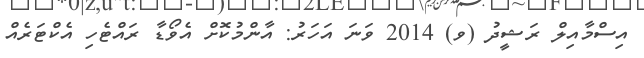
އިސްމާއިލް ރަޝީދު (ވ) 2014 ވަނަ އަހަރު: އާންމުކޮށް އެވޯޑާ ރައްޓެހި އެކްޓަރެއް